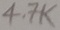
Text: 4.7K